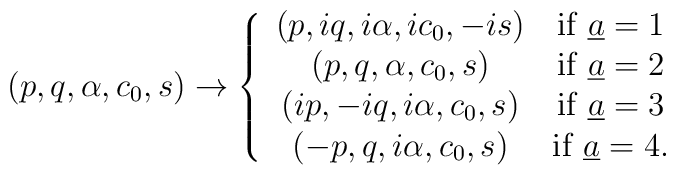
(p,q,\alpha, c_0, s)\to\left\{\begin{array}{cc}(p, iq, i\alpha, ic_0, -is)&{\rm if } \;{\underline a}=1\\(p,q,\alpha, c_0, s)& {\rm if } \;{\underline a}=2\\(ip, -iq, i\alpha, c_0, s ) &{\rm if } \;{\underline a}=3\\(-p, q, i\alpha, c_0, s ) &{\rm if } \;{\underline a}=4.\end{array}\right.